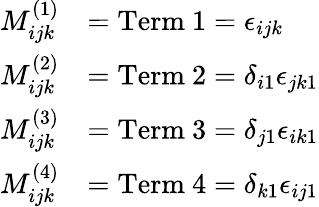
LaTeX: \begin{array}{rl}{M_{ijk}^{(1)}}&{=\mathrm{Term~1}=\epsilon_{ijk}}\\ {M_{ijk}^{(2)}}&{=\mathrm{Term~2}=\delta_{i1}\epsilon_{jk1}}\\ {M_{ijk}^{(3)}}&{=\mathrm{Term~3}=\delta_{j1}\epsilon_{ik1}}\\ {M_{ijk}^{(4)}}&{=\mathrm{Term~4}=\delta_{k1}\epsilon_{ij1}}\end{array}